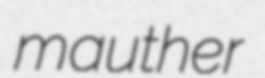
mauther